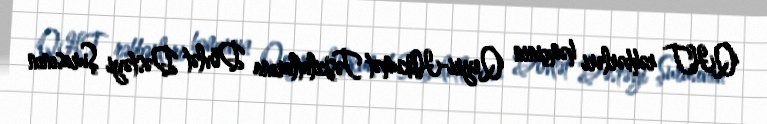
QHT rəhbərləri həmçinin Qeyri-Hökumət Təşkilatlarına Dövlət Dəstəyi Şurasının